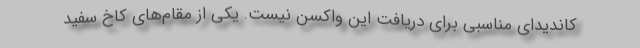
کاندیدای مناسبی برای دریافت این واکسن نیست. یکی از مقام‌های کاخ سفید